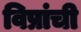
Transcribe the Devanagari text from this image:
विप्रांची